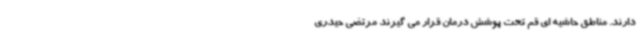
دارند. مناطق حاشیه ای قم تحت پوشش درمان قرار می گیرند مرتضی حیدری